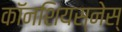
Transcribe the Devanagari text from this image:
काॅनशियस्नेस्